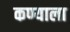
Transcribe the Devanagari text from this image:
कण्याला